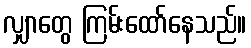
လျှာတွေ ကြမ်းထော်နေသည်။